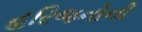
હરિજનોની